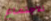
للاجتماع